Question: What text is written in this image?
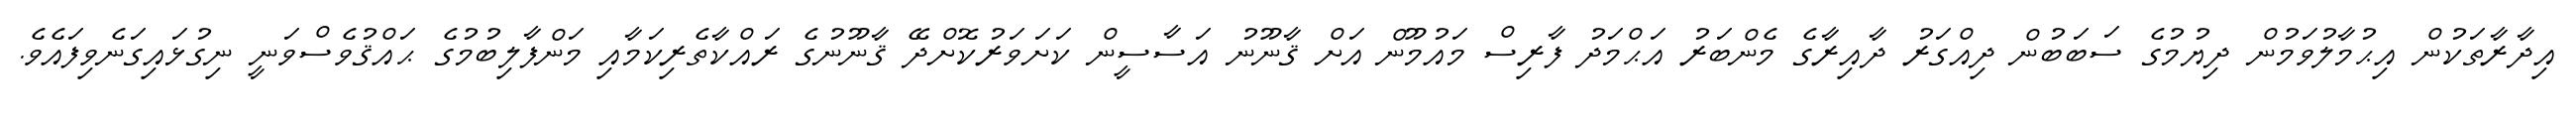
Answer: އިދާރާތަކުން އިޙުމާލުވަމުން ދިޔުމުގެ ސަބަބުން ދިއްގަރު ދާއިރާގެ މެންބަރު އަޙްމަދު ފާރިސް މައުމޫން އަށް ޤާނޫނު އަސާސީން ކަށަވަރުކޮށްދޭ ޤާނޫނުގެ ރައްކާތެރިކަމާއި މަންފާލިބުމުގެ ޙައްޤުވެސްވަނީ ނިގުޅައިގަނެވިފައެވެ.